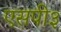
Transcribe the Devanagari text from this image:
एसपी३